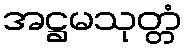
အဋ္ဌမသုတ္တံ